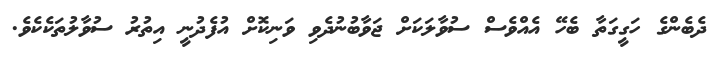
ދެބެންގެ ހަގީގަތާ ބެހޭ އެއްވެސް ސުވާލަކަށް ޖަވާބުނުދެވި ވަނިކޮށް އުފެދުނީ އިތުރު ސުވާލުތަކެކެވެ.